Indian journal of veterinary science and animal husbandry - Volumes 15-17, 1948-1951
Year: 1948
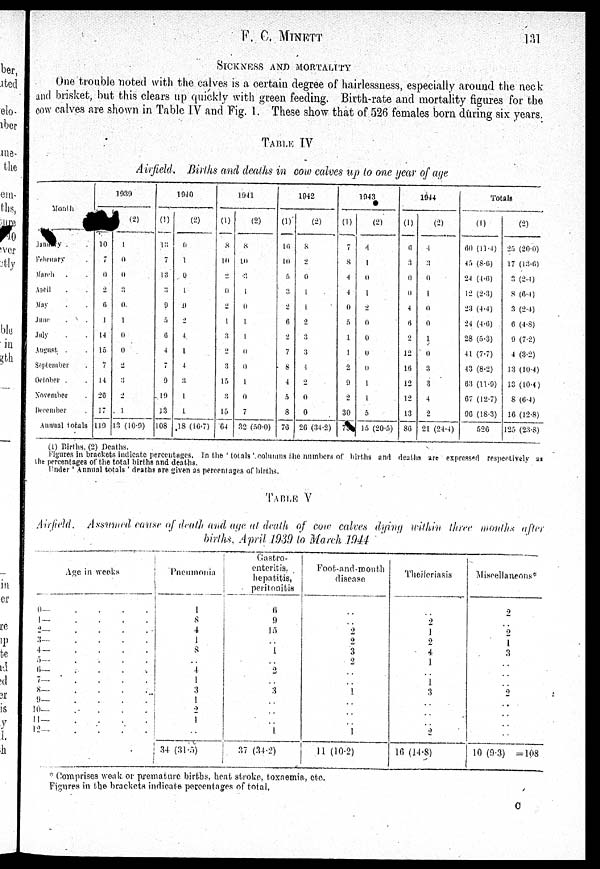
F.
C.
MINETT
131
SICKNESS AND MORTALITY
One trouble noted with the calves is a certain degree of hairlessness, especially around the neck
and brisket, but this clears up quickly with green feeding. Birth-rate and mortality figures for the
cow calves are shown in Table IV and Fig. 1. These show that of 526 females born during six years.
TABLE IV
Airfield. Births and deaths in cow calves up to one year of age
Month
January . .
february . .
march . .
April . .
May . .
Jane . .
July . .
August . .
September . .
October . .
November . .
December .
Annual totals
1939
10
7
0
2
6
1
14
15
7
14
26
17
119
(2)
1
0
0
3
0
1
0
0
2
3
2
1
13 (10.9)
1940
(1)
13
7
13
3
9
5
6
4
7
9
19
13
108
(2)
0
1
0
1
0
2
4
1
4
3
1
1
18 (16.7)
1941
(1)
8
10
2
0
2
1
3
2
3
15
3
15
64
(2)
8
10
3
1
0
1
1
0
0
1
0
7
32 (50.0)
1042
(1)
10
10
5
3
2
6
2
7
8
4
5
8
76
(2)
8
2
0
1
1
2
3
3
4
2
0
0
26 (34.2)
1043
(1)
7
8
4
4
0
5
1
1
2
9
2
30
73
(2)
4
1
0
1
2
0
0
0
0
1
1
5
15 (20.5)
1044
(1)
6
3
0
0
4
6
2
12
16
12
12
13
86
(2)
4
3
0
1
0
0
1
0
3
3
4
2
21 (24.4)
Totals
(1)
60 (11.4)
46 (8.6)
24 (4.6)
12 (2.3)
23 (4.4)
24 (4.6)
28 (5.3)
41 (7.7)
43 (8.2)
63 (11.9)
67 (12.7)
96 (18.3)
526
(2)
25 (20.0)
17 (13.6)
3 (2.4)
8 (6.4)
3 (2.4)
6 (4.8)
9 (7.2)
4 (3.2)
13 (10.4)
13 (10.4)
8 (6.4)
16 (12.8)
125 (23.8)
(1) Births. (2) Deaths.
Figures in brackets indicate percentages. In the ' totals 'columns the numbers of births and deaths art expressed respectively 21
the percentages of the total births and deaths.
Under' Annual totals ' deaths are given as percentages of births.
TABLE V
Airfield. Assumed cause of death and age at death of cow calves dying within three months after
births. April 1939 to March 1944
Age in weeks
0— . . . .
1—
.
.
.
.
2—. . . .
3—
.
.
.
.
4—
.
.
.
.
5—. . . .
6—. . . .
7—. . . .
8—
.
.
.
.
9— . . . .
10— . . . .
11— . . . .
12— . . . .
Pneumonia
1
8
4
1
8
. .
4
1
3
1
2
1
. .
34 (31.5)
Gastro-
enteritis.
hepatitis,
peritonitis
6
9
15
. .
1
. .
2
. .
3
. .
. .
. .
1
37 (34.2)
Foot-and-mouth
disease
. .
. .
2
2
3
2
. .
. .
1
. .
. .
. .
1
11 (10.2)
Theileriasis
. .
2
1
2
4
1
. .
1
3
. .
. .
. .
2
16 (14.8)
Miscellaneous*
2
. .
2
1
3
. .
. .
. .
2
. .
. .
. .
. .
10 (9.3) =108
* Comprises weak or premature births, heat stroke, toxaemia, etc.
Figures in the brackets indicate percentages of total.
O